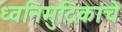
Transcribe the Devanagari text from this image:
ध्वनिमुद्रिकांचे